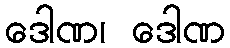
ဒေါဏ၊ ဒေါဏ